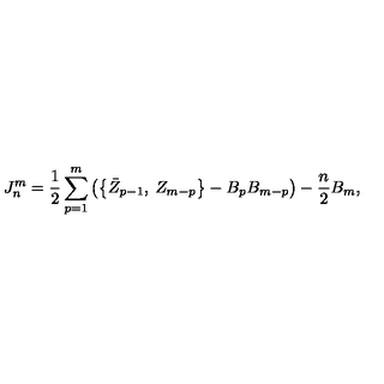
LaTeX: J _ { n } ^ { m } = \frac 1 2 \sum _ { p = 1 } ^ { m } \left( \left\{ \bar { Z } _ { p - 1 } , \: Z _ { m - p } \right\} - B _ { p } B _ { m - p } \right) - \frac n 2 B _ { m } ,